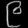
Digit: ၉